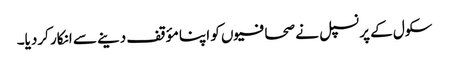
سکول کے پرنسپل نے صحافیوں کو اپنا مؤقف دینے سے انکار کردیا۔